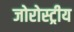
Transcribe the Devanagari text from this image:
जोरोस्ट्रीय